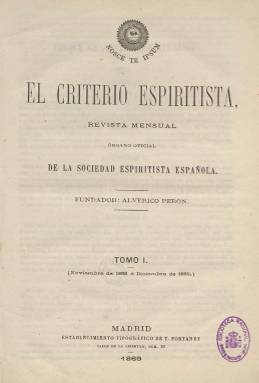
Título: El Criterio espiritista
Colección: Espiritismo
Ámbito geográfico: Madrid
Lugar de publicación: Madrid
Fechas: 01/11/1868-31/08/1878

Es continuación de El criterio, que el decano del periodismo espiritista madrileño, economista, político y periodista Enrique Pastor y Bedoya (1833-1897), con el seudónimo Alverico Perón, había fundado en enero y publicado hasta octubre de 1868, con el subtítulo “revista quincenal científica”, evitando la censura y persecución de las autoridades católicas habían emprendido contra el florecimiento del movimiento filosófico fundado por el pedagogo francés Allan Kardec (1804-1869). El criterio había estado bajo la dirección del doctor Joaquín Huelbes (o Huelves) Temprado y en un suplemento a su número 17, del 16 de septiembre, había anunciado su cese, reapareciendo con el título de El criterio espiritista en noviembre, revelando así su auténtica orientación, bajo la más amplia libertad de imprenta que la revolución septembrina había terminado por avivar.

Lo hace ya bajo la dirección de Alverico Perón, con un grabado y el lema socrático ‘Nosce te ipsum’ en su cabecera, iniciando su secuencia en entregas quincenales de dieciséis páginas y como órgano de la Sociedad Espiritista Española, que había sido fundada en 1863 por su propietario. Este reproduce en sus primeros dos números el folleto que había publicado en 1861 bajo el titulo Carta de un espiritista a D. Francisco de Paula Canalejas, primer trabajo sobre el espiritismo que había aparecido en España.

El criterio es considerado el primer periódico espiritista español, con artículos doctrinales y divulgativos de esta nueva filosofía, comunicados y crónicas de las actividades de centros espiritistas de provincias, textos sobre sesiones de sus miembros, revistas críticas de prensa y sobre la organización de la Sociedad Espiritista Española. A partir de 1869, la revista será mensual y duplicará sus entregas, hasta las 32 páginas. En 1871 absorberá al periódico zaragozano El progreso espiritista, revista quincenal que había fundado y dirigido durante cuatro meses el vizconde Antonio Torres-Solanot y Casas (1840-), como órgano oficial de la Sociedad Progreso Espiritista, y tras ser elegido Pastor diputado por Guadalajara en las elecciones de agosto de 1872, dejará su dirección a Torres-Solanot, que venía siendo su redactor-jefe, convirtiéndose la revista en el órgano del Centro Espiritista Español, que este funda en 1873, y de la Sociedad Propagandística del Espiritismo.

Este título no debió publicarse en 1870 y, en 1871 reapareció como quincenal, para ser mensual, de nuevo, a partir de 1872. La colección de este título en la Biblioteca Nacional de España contiene los años 1868-1869 y 1878. Debió de editar también el número de agosto, pues, tras el cisma del espiritismo español, será continuado por El espiritista, que aparece en septiembre, siguiendo su secuencia y hasta paginación, como órgano oficial del Centro Espiritista Español. Al final, inserta índices generales de los números de 1868, 1869 y 1878.

[Descripción modificada el 29/07/2024]